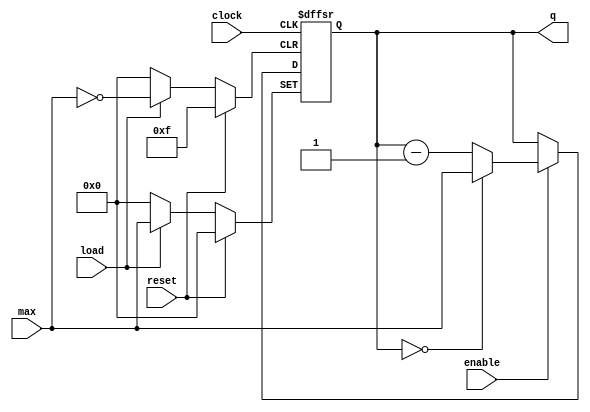
module counter (clock, reset, load, max, enable, q);

    input clock;
    input reset;
    input load;
    input [3:0] max;
    input enable;
    output reg [3:0] q;

    always @(posedge clock, posedge load, posedge reset)
    begin
        if (reset)
            q <= 0;
	else if (load)
	    q <= max;
        else if (enable == 1'b1)
            begin
                if (q == 0)
                    q <= max;
                else
                    q <= q - 1'b1;
            end
    end

endmodule
module shifter(clock, enable, load, reset, data, out);

    input clock, enable, load, reset;
    input [15:0] data;
    output [3:0] out;
    reg [15:0] state;

    // async load and reset
    always @(posedge clock, posedge load, posedge reset)
    begin
        if (load)
            state = data;
        else if (reset)
            state = 0;
        else if (enable == 1'b1)
            state = state << 4;
    end

    assign out = state[15:12];

endmodule
module ratedivider (clock, period, reset, q);

    input clock;
    input reset;
    input [31:0] period;
    output reg [31:0] q;

    always @(posedge clock, posedge reset)
    begin
        if (reset)
            q <= period - 1;
        else
            begin
                if (q == 0)
                    q <= period - 1;
                else
                    q <= q - 1'b1;
        end
    end

endmodule

module playback (
    input clk,
    input reset,

    input [15:0] level_data,
    input [3:0] level_length,
    input load_level,
    input start_playback,

    output [3:0] note_outputs,
    output reg done_playback

    );

    // duration (in clock cycles) of notes during challenge
    wire [31:0] period =  2; // 25000000;
    wire shifter_enable;

    wire [31:0] ratedivider_out;
    wire [3:0] playback_note;
    wire [3:0] playback_counter_state;

    assign shifter_enable = ((ratedivider_out == 0) && start_playback) ? 1 : 0;

    ratedivider A0 (
        .clock(clk),
        .period(period),
        .reset(reset),
        .q(ratedivider_out));

    shifter PLAYBACK_SHIFTER (
        .clock(clk),
        .enable(shifter_enable),
        .load(load_level),
        .reset(reset),
        .data(level_data),
        .out(playback_note));

    assign note_outputs = playback_note;

    counter PLAYBACK_COUNTER (
        .clock(clk),
        .load(load_level),
        .reset(reset),
        .max(level_length),
        .enable(shifter_enable),
        .q(playback_counter_state)
        );

    always@(*)
    begin
        if (playback_counter_state == 4'b0000)
            done_playback <= 1'b1;
        else
            done_playback <= 1'b0;
    end

endmodule